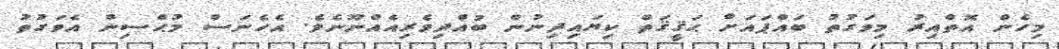
މިހެން އޮތްއިރު މިވަގުތު ބައްޕައަށް ޙަޤީޤަތް ކިޔައިދިނުން ބުއްދިވެރިއެއްނޫނެވެ. އެހެނަސް މުޙްސިން އެވަގުތު